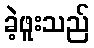
ခဲ့ဖူးသည်